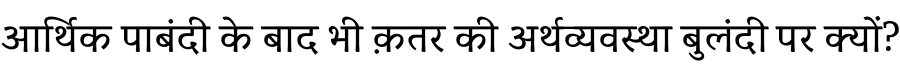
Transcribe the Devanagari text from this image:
आर्थिक पाबंदी के बाद भी क़तर की अर्थव्यवस्था बुलंदी पर क्यों?